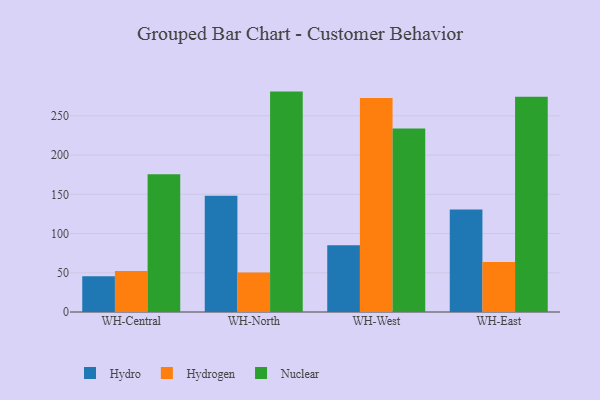
{"axis": {"x": "Warehouse", "y": "Temperature (°C)"}, "legend": ["Hydro", "Hydrogen", "Nuclear"], "data": [{"x": "WH-Central", "y": 45.5, "type": "Hydro"}, {"x": "WH-Central", "y": 52.3, "type": "Hydrogen"}, {"x": "WH-Central", "y": 175.5, "type": "Nuclear"}, {"x": "WH-North", "y": 148.2, "type": "Hydro"}, {"x": "WH-North", "y": 50.2, "type": "Hydrogen"}, {"x": "WH-North", "y": 280.9, "type": "Nuclear"}, {"x": "WH-West", "y": 85.0, "type": "Hydro"}, {"x": "WH-West", "y": 272.8, "type": "Hydrogen"}, {"x": "WH-West", "y": 233.8, "type": "Nuclear"}, {"x": "WH-East", "y": 130.5, "type": "Hydro"}, {"x": "WH-East", "y": 63.6, "type": "Hydrogen"}, {"x": "WH-East", "y": 274.2, "type": "Nuclear"}]}